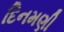
દિનમણી